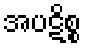
အပဋိစ္စ